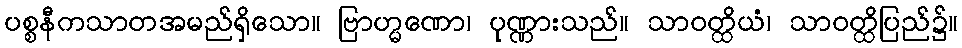
ပစ္စနီကသာတအမည်ရှိသော။ ဗြာဟ္မဏော၊ ပုဏ္ဏားသည်။ သာဝတ္ထိယံ၊ သာဝတ္ထိပြည်၌။